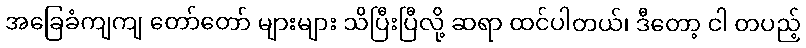
အခြေခံကျကျ တော်တော် များများ သိပြီးပြီလို့ ဆရာ ထင်ပါတယ်၊ ဒီတော့ ငါ တပည့်